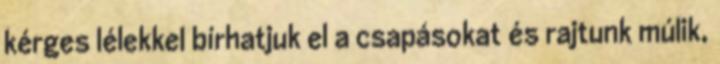
kérges lélekkel bírhatjuk el a csapásokat és rajtunk múlik,